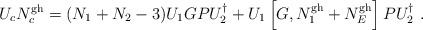
LaTeX: \begin{align*}U_cN_c^{\rm gh}=(N_1+N_2-3)U_1GPU_2^\dagger +U_1\left[ G,N_1^{\rm gh}+N_E^{\rm gh}\right]PU_2^\dagger \ .\end{align*}